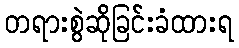
တရားစွဲဆိုခြင်းခံထားရ